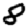
Digit: 8